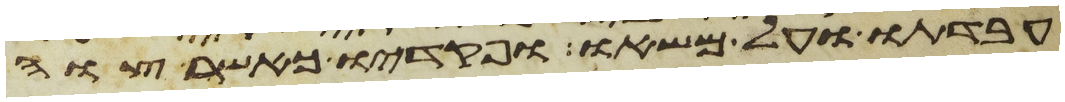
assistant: עבדתו ועל משאו ופקדיו כאשר צוה